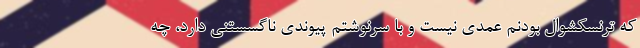
که ترنسکشوال بودنم عمدی نیست و با سرنوشتم پیوندی ناگسستنی دارد، چه